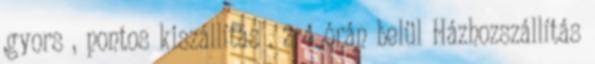
,gyors , pontos kiszállítás . 2-4 órán belül Házhozszállítás